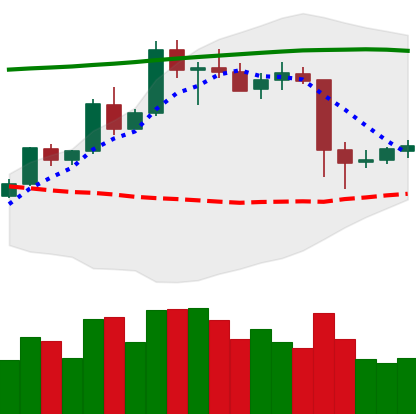
Ticker: ETC-USD
Chart end date: 2020-05-14
Forward return: 6.266%
Label: up_5_7